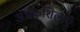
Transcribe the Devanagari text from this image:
अभ्रकशिलाएँ